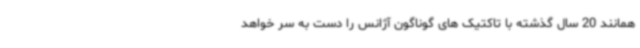
همانند 20 سال گذشته با تاکتیک های گوناگون آژانس را دست به سر خواهد